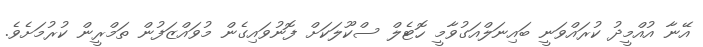
އޭނާ އުއްމީދު ކުރައްވަނީ ބައިނަލްއަގުވާމީ ހޮޓެލް ސްކޫލަކަށް ފޮނުވައިގެން މުވައްޒަފުން ތަމްރީީން ކުރުމަށެވެ.